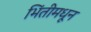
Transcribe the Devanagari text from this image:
भिंतीमधून